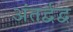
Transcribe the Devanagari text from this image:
अंतर्द्वद्व